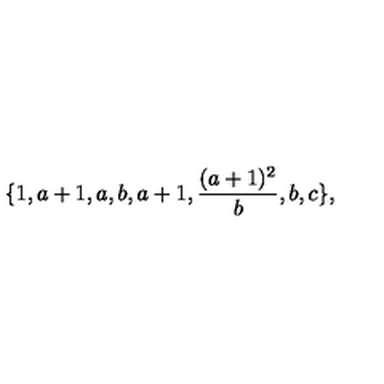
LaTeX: \{ 1 , a + 1 , a , b , a + 1 , \frac { ( a + 1 ) ^ { 2 } } { b } , b , c \} ,